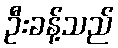
ဦးခန့်သည်